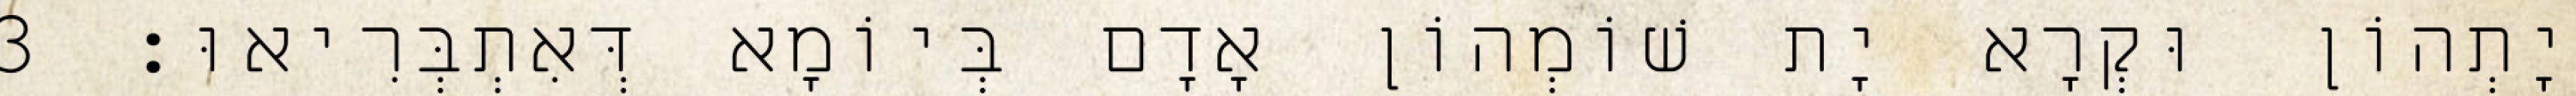
יָתְהוֹן וּקְרָא יָת שׁוֹמְהוֹן אָדָם בְּיוֹמָא דְּאִתְבְּרִיאוּ׃ 3